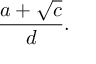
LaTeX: { \frac { a + { \sqrt { c } } } { d } } .